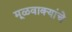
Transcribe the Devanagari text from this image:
मूळवाक्यांचे